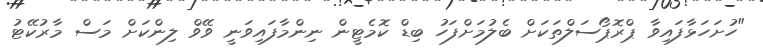
"ހުށަހަޅާފައިވާ ޕްރޮޕޯސަލްތަކަށް ބެލުމަށްފަހު ބިޑް ކޮމެޓީން ނިންމާފައިވަނީ ވޭވް ލިންކަށް މަސް މާރުކޭޓު